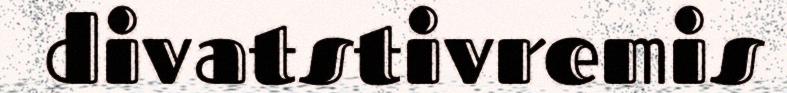
divatstivremis